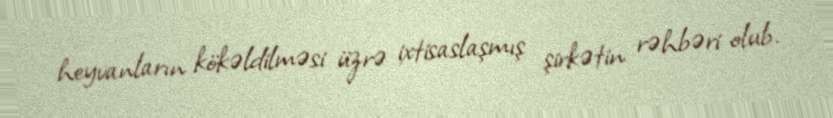
heyvanların kökəldilməsi üzrə ixtisaslaşmış şirkətin rəhbəri olub.